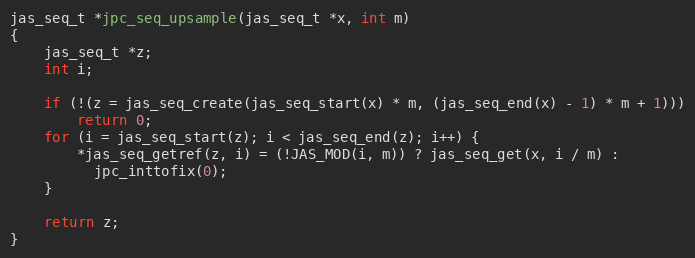
Language: C
jas_seq_t *jpc_seq_upsample(jas_seq_t *x, int m)
{
    jas_seq_t *z;
    int i;

    if (!(z = jas_seq_create(jas_seq_start(x) * m, (jas_seq_end(x) - 1) * m + 1)))
        return 0;
    for (i = jas_seq_start(z); i < jas_seq_end(z); i++) {
        *jas_seq_getref(z, i) = (!JAS_MOD(i, m)) ? jas_seq_get(x, i / m) :
          jpc_inttofix(0);
    }

    return z;
}